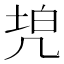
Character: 𠙓